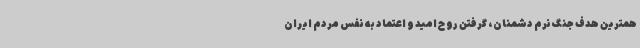
همترین هدف جنگ نرم دشمنان، گرفتن روح امید و اعتماد به نفس مردم ایران